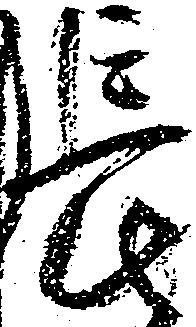
長